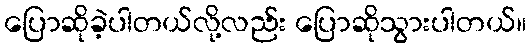
ပြောဆိုခဲ့ပါတယ်လို့လည်း ပြောဆိုသွားပါတယ်။